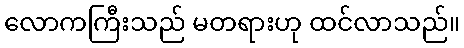
လောကကြီးသည် မတရားဟု ထင်လာသည်။